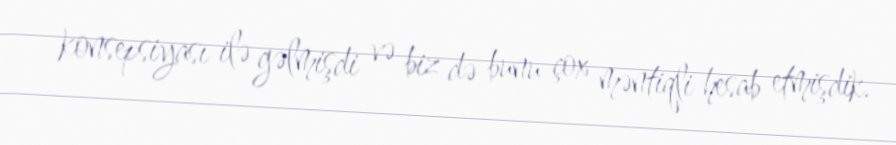
konsepsiyası ilə gəlmişdi və biz də bunu çox məntiqli hesab etmişdik.